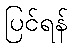
ပြင်ရန်